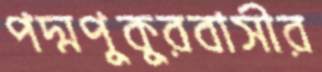
পদ্মপুকুরবাসীর